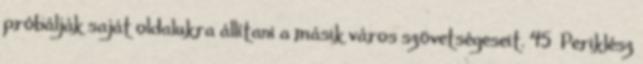
próbálják saját oldalukra állítani a másik város szövetségeseit. 45 Periklész